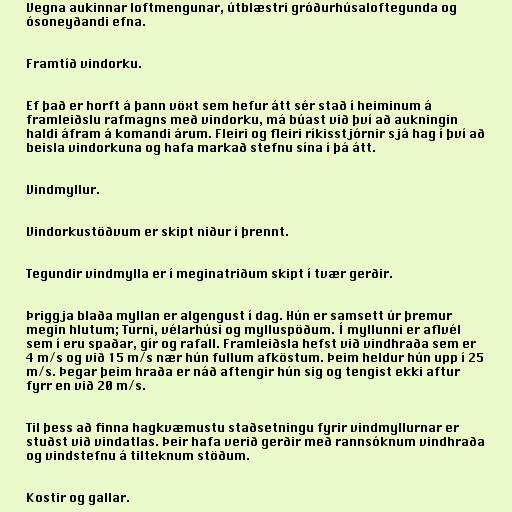
Vegna aukinnar loftmengunar, útblæstri gróðurhúsaloftegunda og
ósoneyðandi efna.

Framtíð vindorku.

Ef það er horft á þann vöxt sem hefur átt sér stað í heiminum á
framleiðslu rafmagns með vindorku, má búast við því að aukningin
haldi áfram á komandi árum. Fleiri og fleiri ríkisstjórnir sjá hag í því að
beisla vindorkuna og hafa markað stefnu sína í þá átt.

Vindmyllur.

Vindorkustöðvum er skipt niður í þrennt.

Tegundir vindmylla er í meginatriðum skipt í tvær gerðir.

Þriggja blaða myllan er algengust í dag. Hún er samsett úr þremur
megin hlutum; Turni, vélarhúsi og mylluspöðum. Í myllunni er aflvél
sem í eru spaðar, gír og rafall. Framleiðsla hefst við vindhraða sem er
4 m/s og við 15 m/s nær hún fullum afköstum. Þeim heldur hún upp í 25
m/s. Þegar þeim hraða er náð aftengir hún sig og tengist ekki aftur
fyrr en við 20 m/s.

Til þess að finna hagkvæmustu staðsetningu fyrir vindmyllurnar er
stuðst við vindatlas. Þeir hafa verið gerðir með rannsóknum vindhraða
og vindstefnu á tilteknum stöðum.

Kostir og gallar.